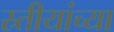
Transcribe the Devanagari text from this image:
स्र्तीयांच्या